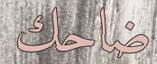
ضاحك